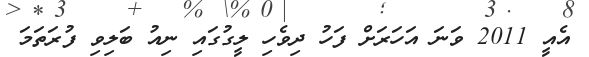
އެއީ 2011 ވަނަ އަހަރަށް ފަހު ދިވެހި ލީގުގައި ނިއު ބަލިވި ފުރަތަމަ